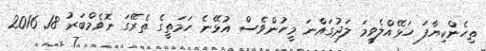
ތިހެންކިޔާފަ ހަޅޭއްލެވީމަ ލަދުގައްނަ މީހުންވެސް އުޅޭނެ ހަމަތީގެ ތެރޭގަ ނޮވެމްބަރު 18